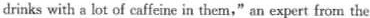
drinks with a lot of caffeine in them," an expert from the